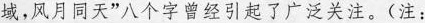
域，风月同天”八个字曾经引起了广泛关注。(注：